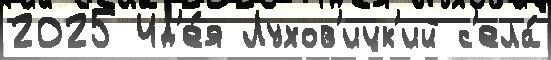
2025 Ид'е́я Лухов'ицк'ий с'ела́